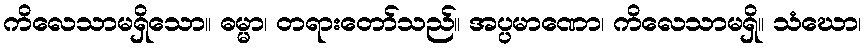
ကိလေသာမရှိသော။ ဓမ္မာ၊ တရားတော်သည်။ အပ္ပမာဏော၊ ကိလေသာမရှိ။ သံဃော၊